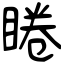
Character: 睠